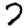
Digit: 7